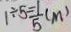
1 \div 5 = \frac { 1 } { 5 } ( m )